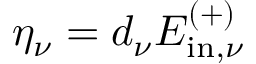
\eta _ { \nu } ^ { \phantom { i } } = d _ { \nu } ^ { \phantom { i } } E _ { \mathrm { i n } , { \nu } } ^ { ( + ) }